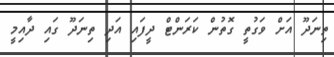
ތިނަދޫ އަށް ވަގުތީ ގޮތުން ކަރަންޓް ދީފައި އަދި ތިނަދޫ ގައި ދާއިމީ